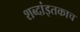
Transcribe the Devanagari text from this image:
शब्दांइतकाच